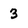
Character: 3